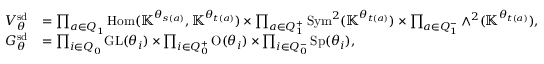
\begin{array} { r l } { V _ { \theta } ^ { \smash { \mathrm { s d } } } } & { = \prod _ { a \in Q _ { 1 } ^ { \mathbin { \vartriangle } } } \mathrm { H o m } ( \mathbb { K } ^ { \theta _ { s ( a ) } } , \mathbb { K } ^ { \theta _ { t ( a ) } } ) \times \prod _ { a \in Q _ { 1 } ^ { + } } \operatorname { S y m } ^ { 2 } ( \mathbb { K } ^ { \theta _ { t ( a ) } } ) \times \prod _ { a \in Q _ { 1 } ^ { - } } { \wedge } ^ { 2 } ( \mathbb { K } ^ { \theta _ { t ( a ) } } ) , } \\ { G _ { \theta } ^ { \smash { \mathrm { s d } } } } & { = \prod _ { i \in Q _ { 0 } ^ { \mathbin { \vartriangle } } } \mathrm { G L } ( \theta _ { i } ) \times \prod _ { i \in Q _ { 0 } ^ { + } } \mathrm { O } ( \theta _ { i } ) \times \prod _ { i \in Q _ { 0 } ^ { - } } \mathrm { S p } ( \theta _ { i } ) , } \end{array}